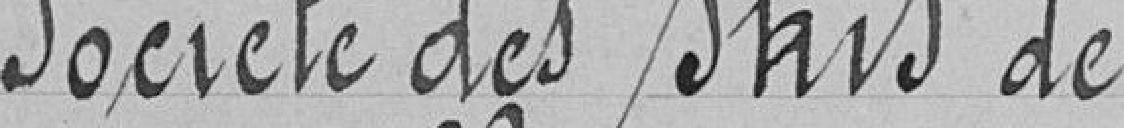
Société des skis de